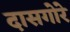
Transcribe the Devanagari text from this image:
दासगोरे